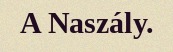
A Naszály.